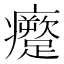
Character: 𱱱